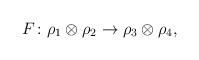
LaTeX: \begin{align*}F\colon \rho_1\otimes\rho_2\to\rho_3\otimes\rho_4,\end{align*}